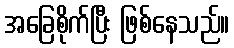
အခြေစိုက်ပြီး ဖြစ်နေသည်။